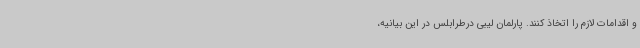
و اقدامات لازم را اتخاذ کنند. پارلمان لیبی درطرابلس در این بیانیه،